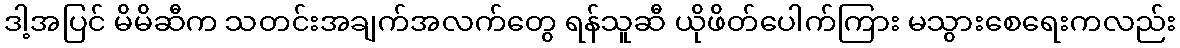
ဒါ့အပြင် မိမိဆီက သတင်းအချက်အလက်တွေ ရန်သူဆီ ယိုဖိတ်ပေါက်ကြား မသွားစေရေးကလည်း